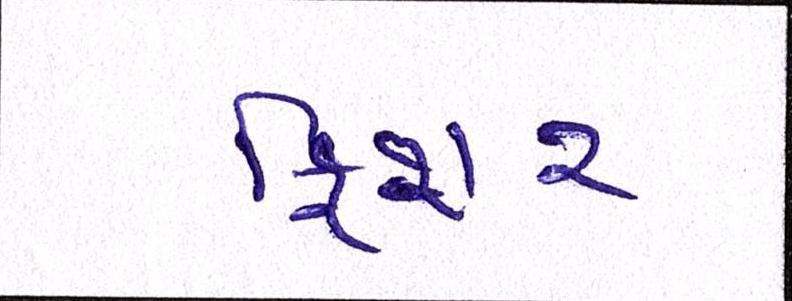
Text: ફિશર